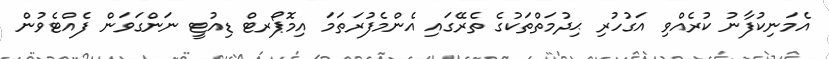
އެމަނިކުފާނު ކުރެއްވި އަގުހުރި ޙިދުމަތްތަކުގެ ތެރޭގައި އެންމެފުރަތަމަ އިމޮޕޯރޓް ޑިއުޓީ ނަންގަވަން ފެއްޓެވުން